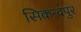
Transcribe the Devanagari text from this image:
सिकन्दपुर